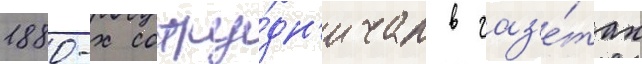
1880-х сотру́дн'ичал в газ'е́тах